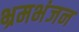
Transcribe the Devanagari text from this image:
भ्रमभंजन